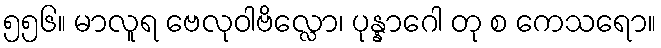
၅၅၆။ မာလူရ ဗေလုဝါဗိလ္လော၊ ပုန္နာဂေါ တု စ ကေသရော။